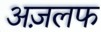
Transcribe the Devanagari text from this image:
अज़लफ